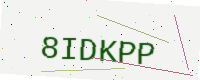
Text: 8IDKPP